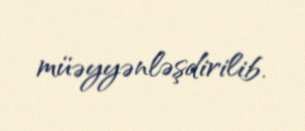
müəyyənləşdirilib.